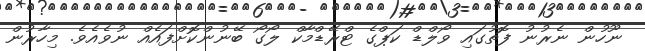
ނޫހުން ނެރުނު ފޮތުގައި ވޯލްޑް ކަޕްގެ ޓްރޭޑްމާކް ލޯގޯ ބޭނުންކޮށްފައެއް ނުވެއެވެ. މިހާރުން